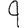
Digit: 9